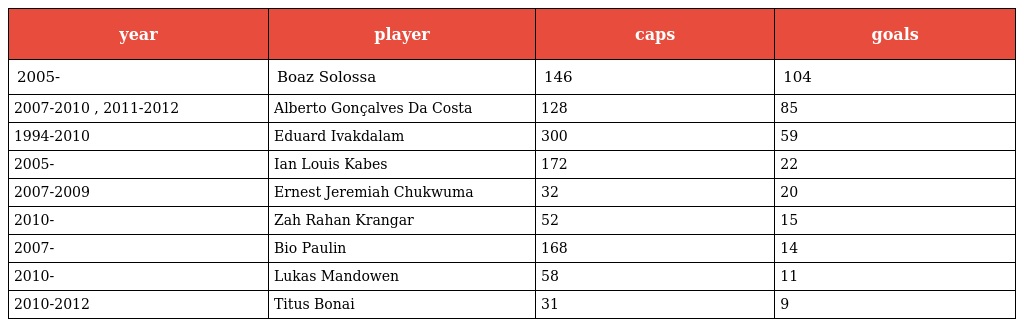
| year | player | caps | goals |
 | --- | --- | --- | --- |
 | 2005- | Boaz Solossa | 146 | 104 |
 | 2007-2010 , 2011-2012 | Alberto Gonçalves Da Costa | 128 | 85 |
 | 1994-2010 | Eduard Ivakdalam | 300 | 59 |
 | 2005- | Ian Louis Kabes | 172 | 22 |
 | 2007-2009 | Ernest Jeremiah Chukwuma | 32 | 20 |
 | 2010- | Zah Rahan Krangar | 52 | 15 |
 | 2007- | Bio Paulin | 168 | 14 |
 | 2010- | Lukas Mandowen | 58 | 11 |
 | 2010-2012 | Titus Bonai | 31 | 9 |